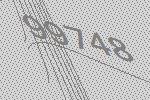
99748